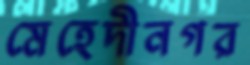
মেহেদীনগর